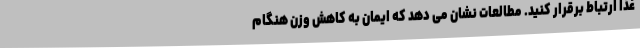
غذا ارتباط برقرار کنید. مطالعات نشان می دهد که ایمان به کاهش وزن هنگام